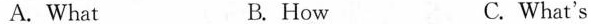
A.What B.How C.What's